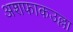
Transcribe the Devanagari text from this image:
अशफाकउल्ला